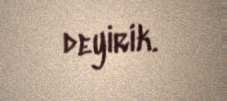
deyirik.